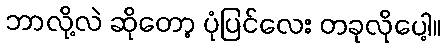
ဘာလို့လဲ ဆိုတော့ ပုံပြင်လေး တခုလိုပေါ့။